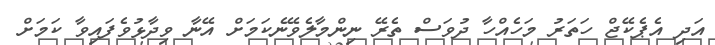
އަދި އެޕެކޭޖް ހަތަރު މަހެއްހާ ދުވަސް ތެރޭ ނިންމާލެވޭނެކަމަށް އޭނާ ވިދާޅުވެފައިވާ ކަމަށް